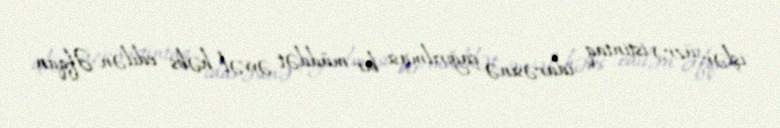
işlər üzrə istintaq idarəsinə çağırılması bir müddət əvvəl həbs edilən Əfqan